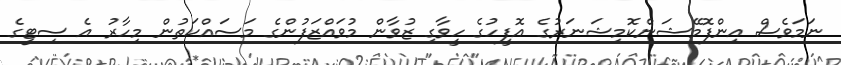
ނަމަވެސް އިންފޮމޭޝަންކޮމިޝަނަރުގެ އޮފީހުގެ ހީވާގި ޒުވާން މުވައްޒަފުންގެ މަސައްކަތުން މިހާރު އެ ސިޓީގެ